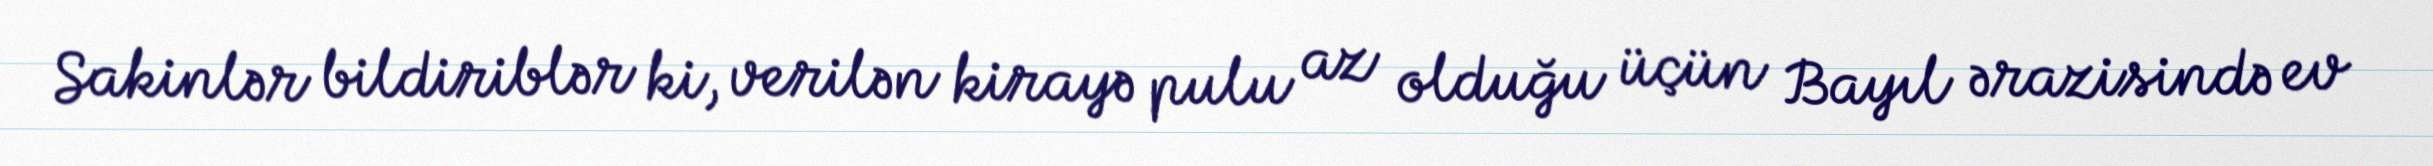
Sakinlər bildiriblər ki, verilən kirayə pulu az olduğu üçün Bayıl ərazisində ev